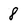
Character: 8